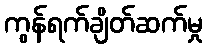
ကွန်ရက်ချိတ်ဆက်မှု